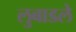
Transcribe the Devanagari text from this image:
लुबाडले